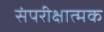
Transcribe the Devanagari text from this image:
संपरीक्षात्मक